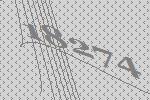
18274